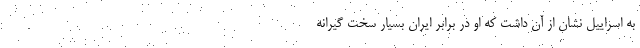
به اسراییل نشان از آن داشت که او در برابر ایران بسیار سخت گیرانه